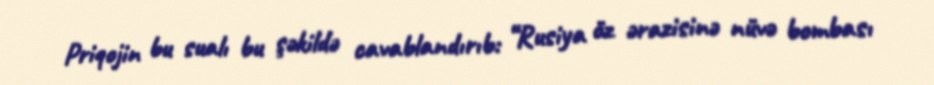
Priqojin bu sualı bu şəkildə cavablandırıb: “Rusiya öz ərazisinə nüvə bombası